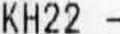
KH22 -